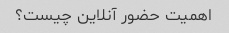
اهمیت حضور آنلاین چیست؟